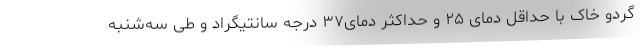
گردو خاک با حداقل دمای ۲۵ و حداکثر دمای۳۷ درجه سانتیگراد و طی ‌سه‌شنبه